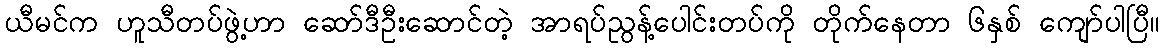
ယီမင်က ဟူသီတပ်ဖွဲ့ဟာ ဆော်ဒီဦးဆောင်တဲ့ အာရပ်ညွန့်ပေါင်းတပ်ကို တိုက်နေတာ ၆နှစ် ကျော်ပါပြီ။